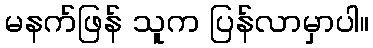
မနက်ဖြန် သူက ပြန်လာမှာပါ။